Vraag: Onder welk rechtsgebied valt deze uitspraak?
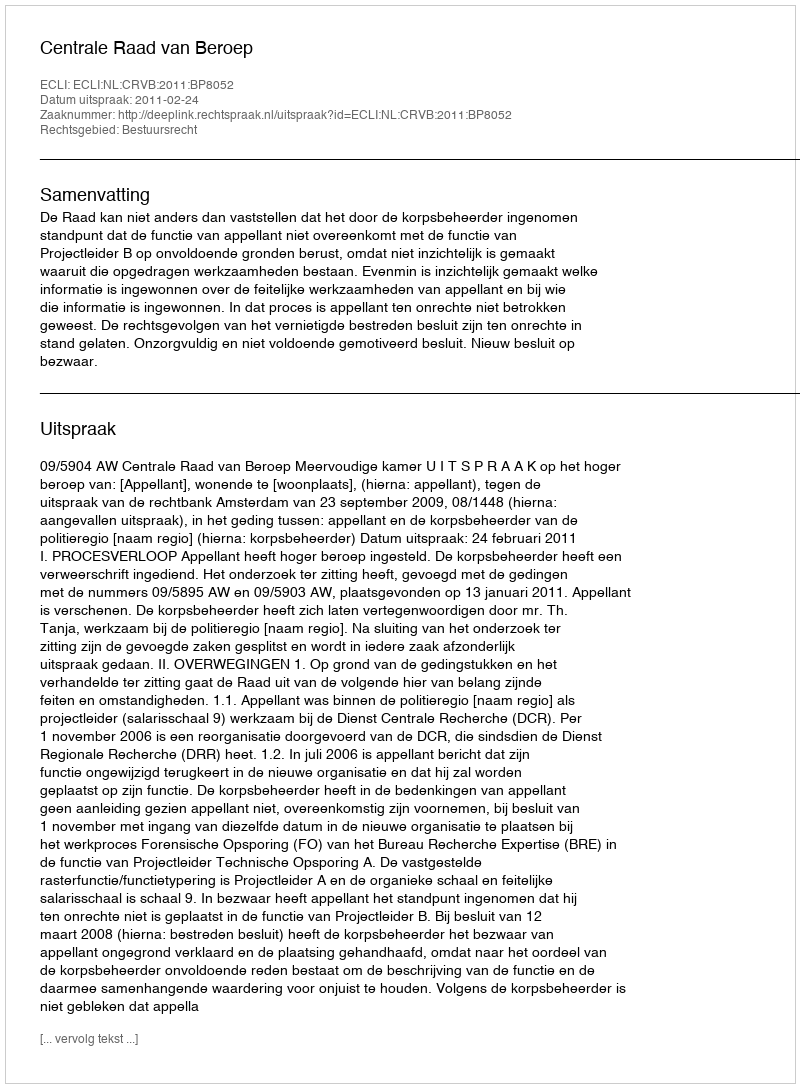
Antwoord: Bestuursrecht